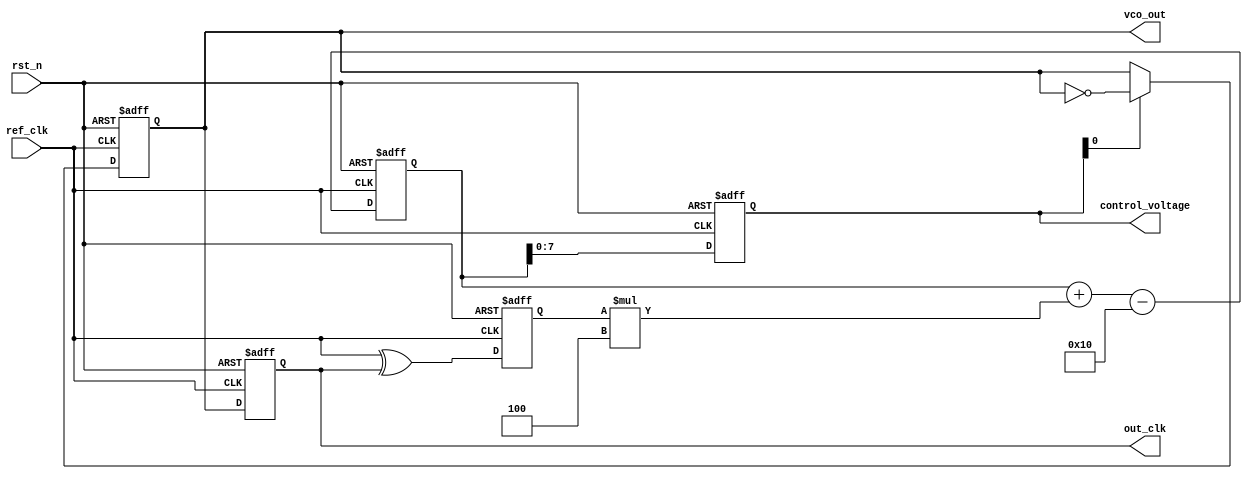
module memory_blocks_pll (
    input wire           ref_clk,       // Reference clock input
    input wire           rst_n,         // Active low reset
    output reg           out_clk,       // Output clock
    output reg           vco_out,       // VCO output
    output reg [7:0]    control_voltage // Control voltage for VCO
);

// Parameters
parameter LOOP_GAIN = 8'h04; // Loop gain for the PLL
parameter FILTER_CONST = 8'h10; // Low-pass filter constant

// Phase detector
reg pd_error;                // Phase error signal
always @(posedge ref_clk or negedge rst_n) begin
    if (!rst_n) begin
        pd_error <= 1'b0;    // Reset phase detector error to 0
    end else begin
        // Simple XOR phase detector for demonstration
        pd_error <= (ref_clk ^ out_clk); 
    end
end

// Loop Filter
reg [15:0] filter_out;        // Filter output
always @(posedge ref_clk or negedge rst_n) begin
    if (!rst_n) begin
        filter_out <= 16'h0000; // Reset filter output
        control_voltage <= 8'h00; // Reset control voltage
    end else begin
        // Simple first-order low-pass filter:
        filter_out <= filter_out + (pd_error * LOOP_GAIN) - FILTER_CONST;
        control_voltage <= filter_out[7:0]; // Take lower 8 bits as control voltage
    end
end

// Voltage-Controlled Oscillator (VCO)
always @(posedge ref_clk or negedge rst_n) begin
    if (!rst_n) begin
        vco_out <= 1'b0;        // Reset VCO output
        out_clk <= 1'b0;        // Reset output clock
    end else begin
        // Simple VCO behavior based on control voltage
        if (control_voltage[0]) begin
            vco_out <= ~vco_out;  // Toggle the VCO output based on the control voltage bit
        end
        out_clk <= vco_out;      // Drive out_clk from VCO output
    end
end

endmodule